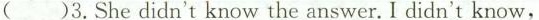
( )3.She didn't know the answer. I didn't know,